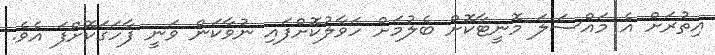
އިތުރަށް އެ މައްސަލަ މޮނީޓާކޮށް ބެލުމަށް ހަވާލުކޮށްފައި ނުވާކަން ވަނީ ފާހަގަކޮށްފަ އެވެ.